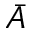
\bar { A }